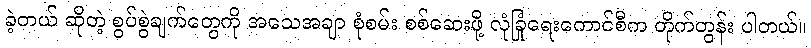
ခဲ့တယ် ဆိုတဲ့ စွပ်စွဲချက်တွေကို အသေအချာ စုံစမ်း စစ်ဆေးဖို့ လုံခြုံရေးကောင်စီက တိုက်တွန်း ပါတယ်။